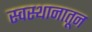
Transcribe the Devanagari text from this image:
स्वस्थानातून